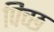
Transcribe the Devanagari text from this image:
पिच्छ